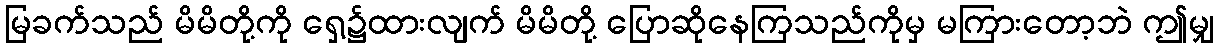
မြခက်သည် မိမိတို့ကို ရှေ့၌ထားလျက် မိမိတို့ ပြောဆိုနေကြသည်ကိုမှ မကြားတော့ဘဲ ဤမျှ